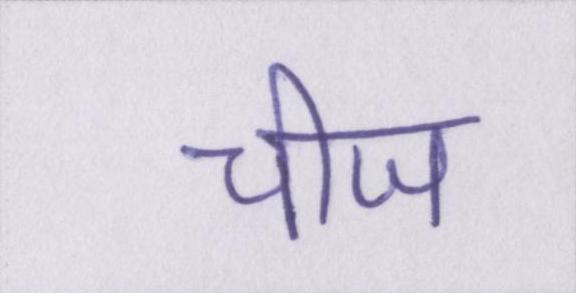
चीज